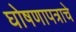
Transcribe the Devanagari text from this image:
घोषणापत्राचे